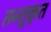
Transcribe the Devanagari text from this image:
तन्तुकृत